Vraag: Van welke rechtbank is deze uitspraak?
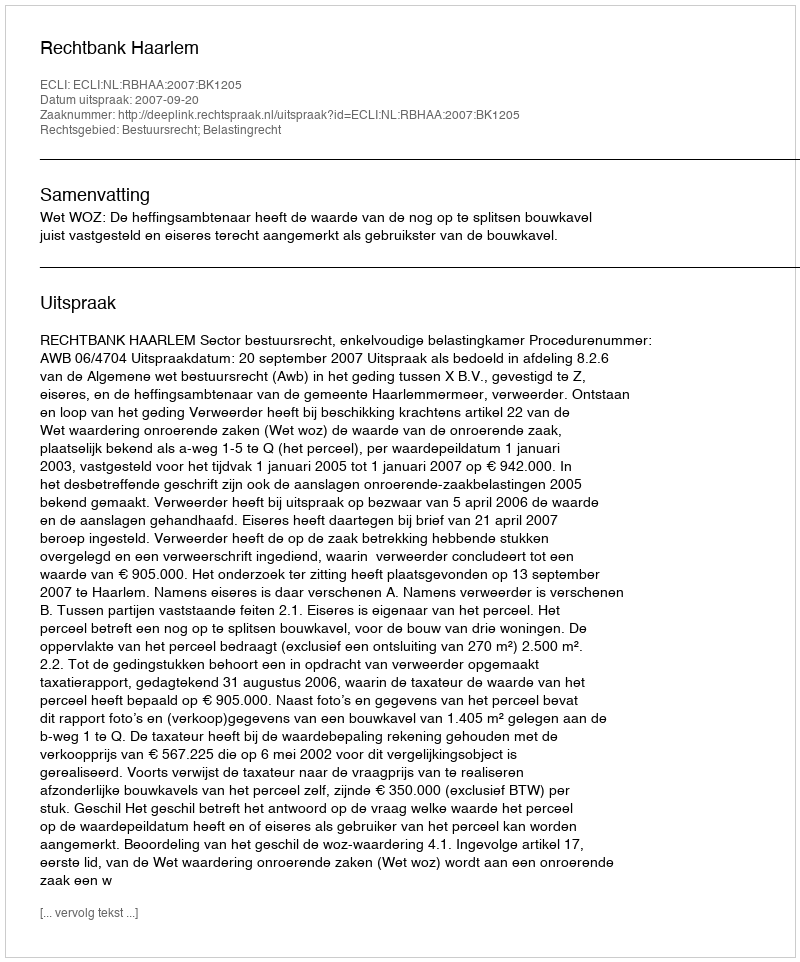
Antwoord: Rechtbank Haarlem